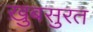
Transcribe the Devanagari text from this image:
ख़ुबसुरत